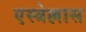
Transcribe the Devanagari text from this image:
एस्त्रेल्लास